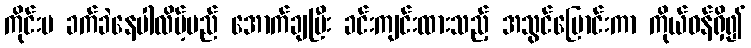
ကိုင်းမ ခက်ခဲနေပါလိမ့်မည် အောက်ချပြီး ခင်းကျင်းထားသည့် အသွင်ပြောင်းကာ ကိုယ်ဝန်ရှိ၍